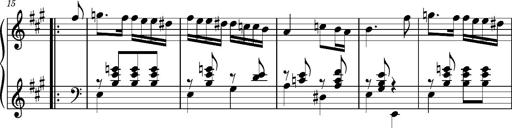
Title: Ungarischer Romanzero
Composer: Franz Liszt